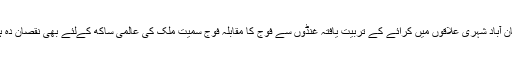
گنجان آباد شہری علاقوں میں کرائے کے تربیت یافتہ غنڈوں سے فوج کا مقابلہ فوج سمیت ملک کی عالمی ساکھ کےلئے بھی نقصان دہ ہوگا۔